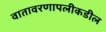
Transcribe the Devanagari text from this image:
वातावरणापलीकडील